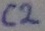
Text: C2